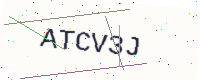
Text: ATCV3J